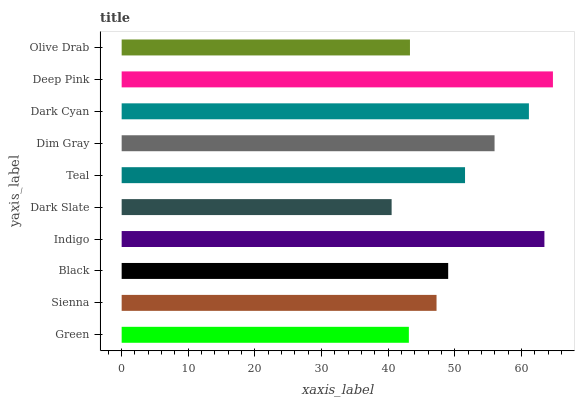
| yaxis_label | bars |
 | --- | --- |
 | Green | 43.1 |
 | Sienna | 47.3 |
 | Black | 49 |
 | Indigo | 63.4 |
 | Dark Slate | 40.5 |
 | Teal | 51.5 |
 | Dim Gray | 56 |
 | Dark Cyan | 61.1 |
 | Deep Pink | 64.7 |
 | Olive Drab | 43.3 |